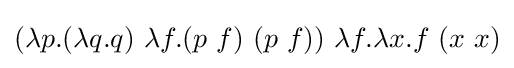
(\lambda p.(\lambda q.q)\ \lambda f.(p\ f)\ (p\ f))\ \lambda f.\lambda x.f\ (x\ x)